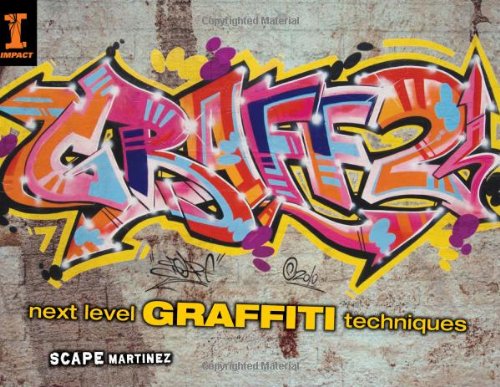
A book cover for Graff 2: Next  Level Graffiti Techniques; Scape Martinez; Arts & Photography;